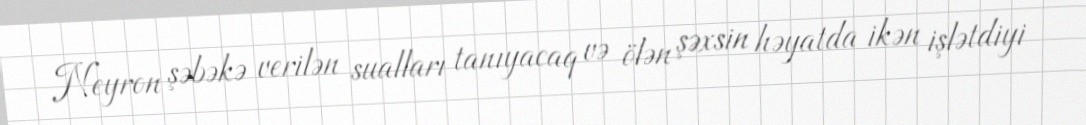
Neyron şəbəkə verilən sualları tanıyacaq və ölən şəxsin həyatda ikən işlətdiyi